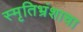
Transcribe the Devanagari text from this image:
स्मृतिभ्रंशाचा